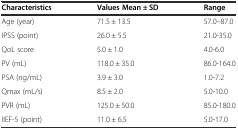
<table><thead><tr><td><b>Characteristics</b></td><td><b>Values Mean ± SD</b></td><td><b>Range</b></td></tr></thead><tbody><tr><td>Age (year)</td><td>71.5 ± 13.5</td><td>57.0–87.0</td></tr><tr><td>IPSS (point)</td><td>26.0 ± 5.5</td><td>21.0-35.0</td></tr><tr><td>QoL score</td><td>5.0 ± 1.0</td><td>4.0-6.0</td></tr><tr><td>PV (mL)</td><td>118.0 ± 35.0</td><td>86.0-164.0</td></tr><tr><td>PSA (ng/mL)</td><td>3.9 ± 3.0</td><td>1.0-7.2</td></tr><tr><td>Qmax (mL/s)</td><td>8.5 ± 2.0</td><td>5.0-10.0</td></tr><tr><td>PVR (mL)</td><td>125.0 ± 50.0</td><td>85.0-180.0</td></tr><tr><td>IIEF-5 (point)</td><td>11.0 ± 6.5</td><td>5.0-17.0</td></tr></tbody></table>